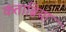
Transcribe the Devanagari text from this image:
कंताब्रिया